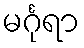
မင်္ဂုရာ